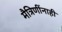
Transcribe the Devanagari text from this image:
मैत्रिणींनाही